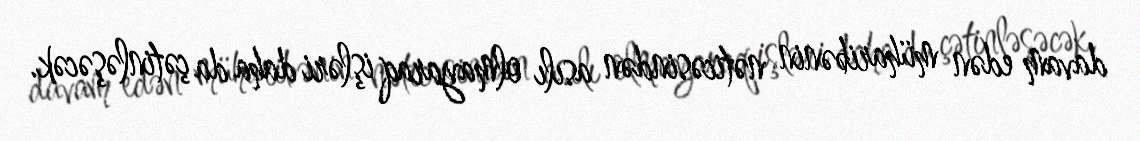
davam edən müharibənin nəticəsindən asılı olmayaraq işləri daha da çətinləşəcək.